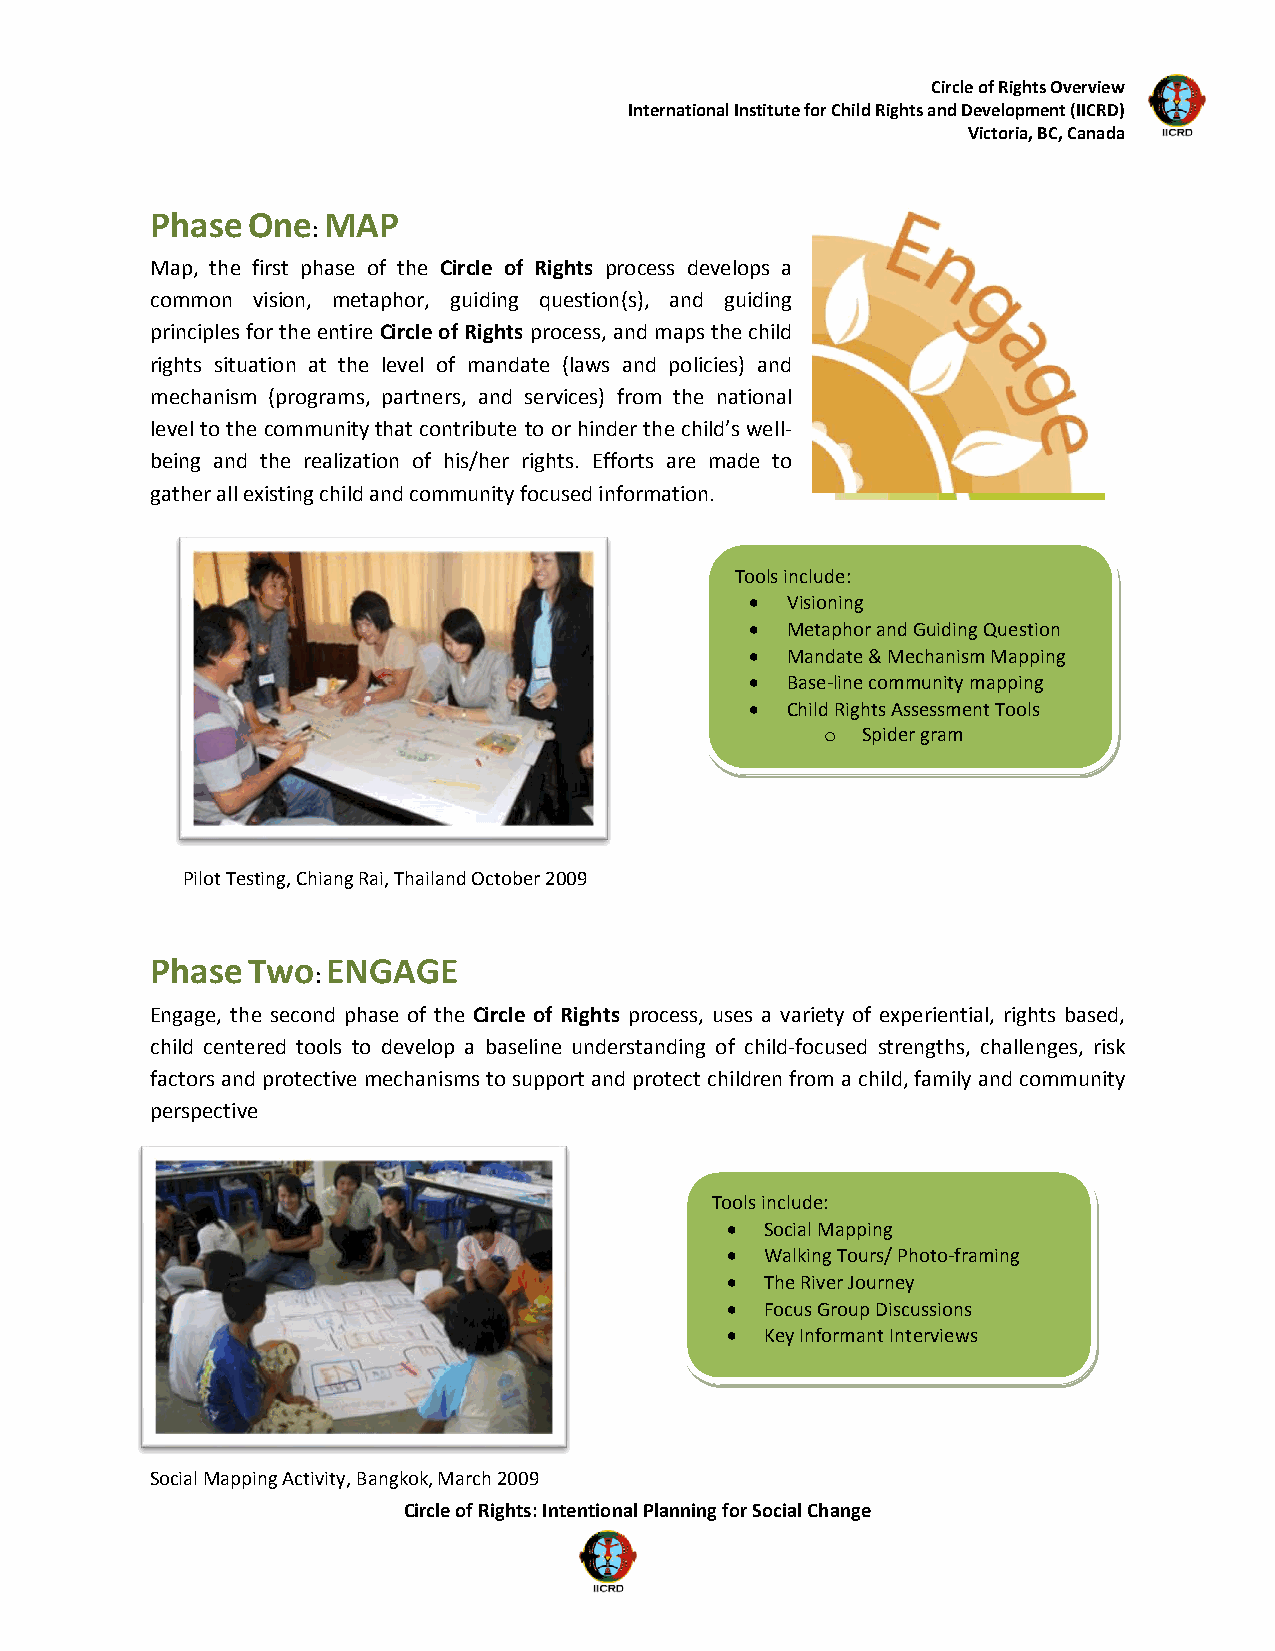
Circle of Rights Overview
 International Institute for Child Rights and Development (IICRD)
 Victoria, BC, Canada
 PhaseOne   MAP
 :
 Map, the first phase of the Circle of Rights process develops a
 common vision, metaphor, guiding question(s), and guiding
 principles for the entire Circle of Rights process, and maps the child
 rights situation at the level of mandate (laws and policies) and
 mechanism (programs, partners, and services) from the national
 level to the community that contribute to or hinder the child’s well-
 being and the realization of his/her rights. Efforts are made to
 gather all existing child and community focused information.
 Tools include:
  Visioning
  Metaphor and Guiding Question
  Mandate & Mechanism Mapping
  Base-line community mapping
  Child Rights Assessment Tools
 o Spider gram
 Pilot Testing, Chiang Rai, Thailand October 2009
 PhaseTwo    ENGAGE
 :
 Engage, the second phase of the Circle of Rights process, uses a variety of experiential, rights based,
 child centered tools to develop a baseline understanding of child-focused strengths, challenges, risk
 factors and protective mechanisms to support and protect children from a child, family and community
 perspective
 Tools include:
   Social Mapping
   Walking Tours/ Photo-framing
   The River Journey
   Focus Group Discussions
   Key Informant Interviews
 Social Mapping Activity, Bangkok, March 2009
 Circle of Rights: Intentional Planning for Social Change